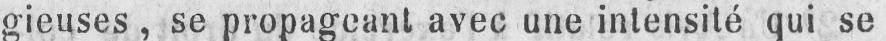
gieuses, se propageant avec une intensité qui se